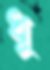
ধূ